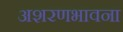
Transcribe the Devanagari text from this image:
अशरणभावना